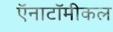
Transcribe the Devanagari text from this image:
ऍनाटॉमीकल